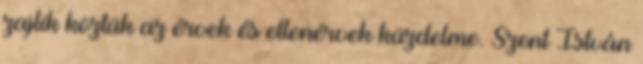
zajlik köztük az érvek és ellenérvek küzdelme. Szent István